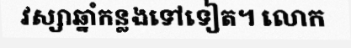
វស្សាឆ្នាំកន្លងទៅទៀត។ លោក